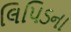
લિપિડના